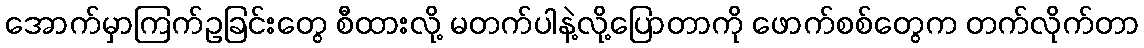
အောက်မှာကြက်ဥခြင်းတွေ စီထားလို့ မတက်ပါနဲ့လို့ပြောတာကို ဖောက်စစ်တွေက တက်လိုက်တာ